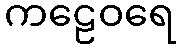
ကဠေဝရေ